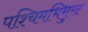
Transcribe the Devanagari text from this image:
पश्चिमभिमुख